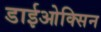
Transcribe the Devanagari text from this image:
डाईओक्सिन